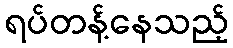
ရပ်တန့်နေသည့်